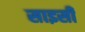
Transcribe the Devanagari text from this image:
साइसी